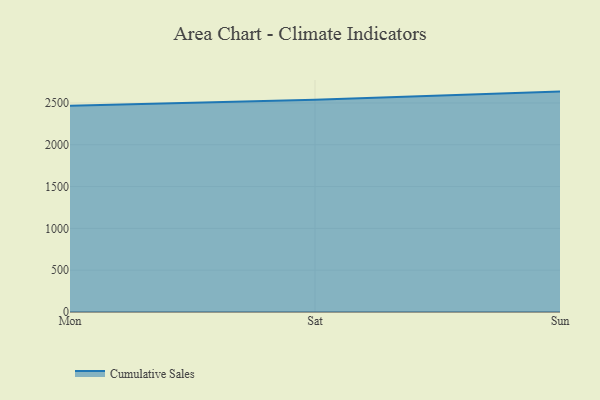
{"axis": {"x": "Day", "y": "Satisfaction Score"}, "legend": ["Cumulative Sales"], "data": [{"x": "Mon", "y": 2466.0, "type": "Cumulative Sales"}, {"x": "Sat", "y": 2539.6, "type": "Cumulative Sales"}, {"x": "Sun", "y": 2635.8, "type": "Cumulative Sales"}]}